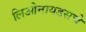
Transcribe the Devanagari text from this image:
लिओनायडसचे